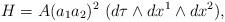
LaTeX: \begin{align*}H=A(a_1a_2)^2\,\,(d\tau \wedge dx^1\wedge dx^2), \end{align*}